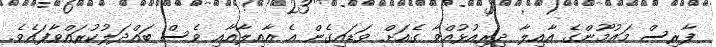
ފާރިސް މައުމޫންގެ އާއިލާ ދިރިއުޅުއްވާ ގެއަށް ވަޑައިގެން އެ އާއިލާއާއި ވެސް ބައްދަލުކުރައްވާފައެވެ.